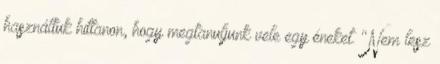
használtuk hittanon, hogy megtanuljunk vele egy éneket. "Nem lesz